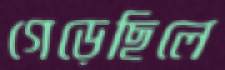
গেড়েছিলে